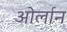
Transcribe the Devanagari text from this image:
ओर्लान